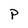
Character: P